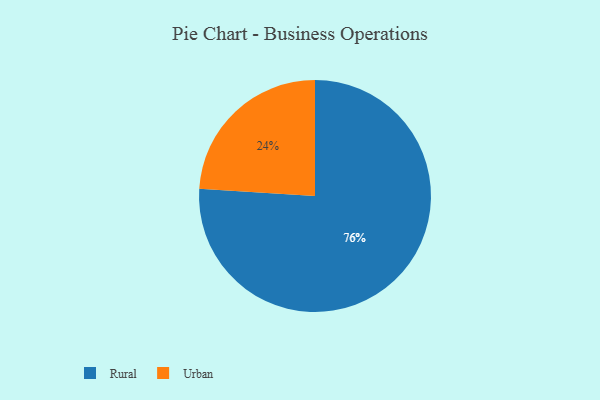
{"axis": {"x": "Category", "y": "Percentage"}, "legend": ["Rural", "Urban"], "data": [{"x": "Urban", "y": 24, "type": "Urban"}, {"x": "Rural", "y": 76, "type": "Rural"}]}